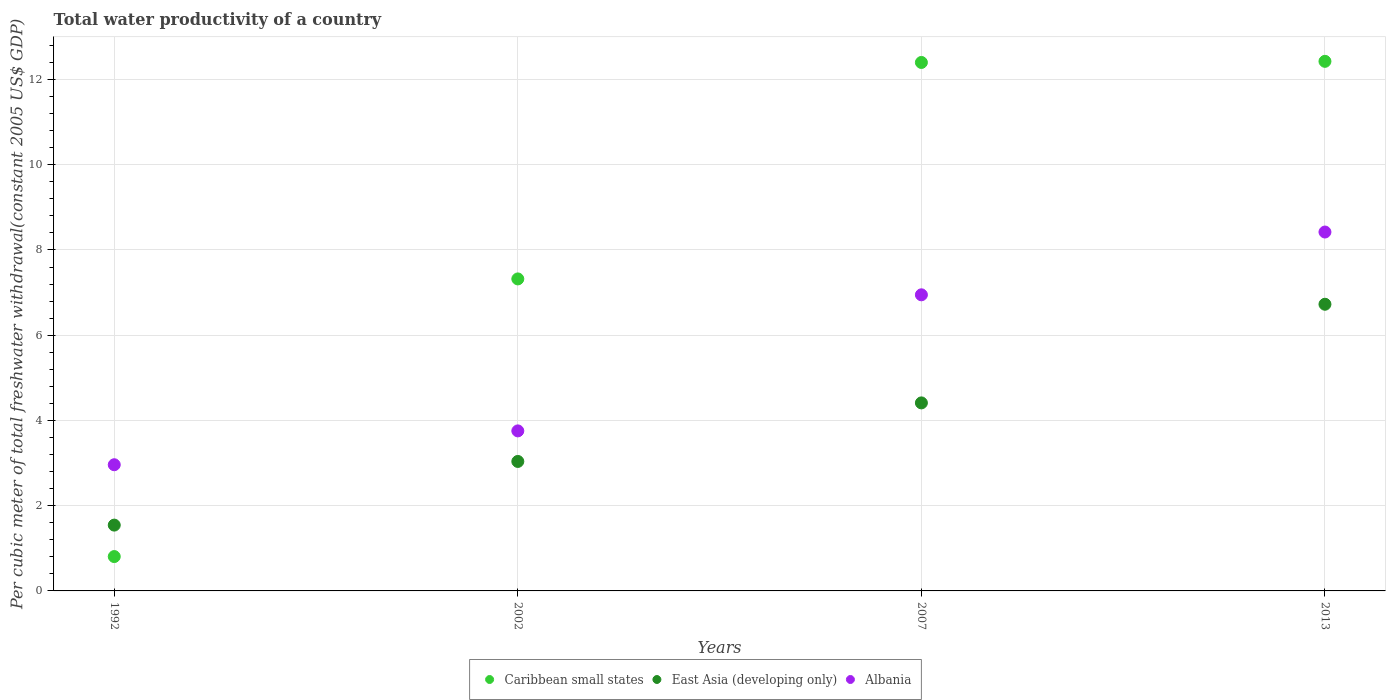
| Years | Caribbean small states | East Asia (developing only) | Albania |
 | --- | --- | --- | --- |
 | 1992 | 0.806 | 1.54 | 2.96 |
 | 2002 | 7.32 | 3.04 | 3.76 |
 | 2007 | 12.4 | 4.41 | 6.95 |
 | 2013 | 12.4 | 6.73 | 8.42 |